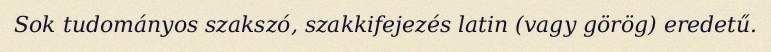
Sok tudományos szakszó, szakkifejezés latin (vagy görög) eredetű.